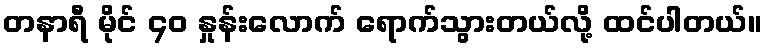
တနာရီ မိုင် ၄ဝ နှုန်းလောက် ရောက်သွားတယ်လို့ ထင်ပါတယ်။